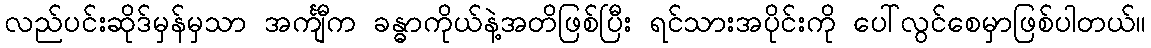
လည်ပင်းဆိုဒ်မှန်မှသာ အင်္ကျီက ခန္ဓာကိုယ်နဲ့အတိဖြစ်ပြီး ရင်သားအပိုင်းကို ပေါ်လွင်စေမှာဖြစ်ပါတယ်။